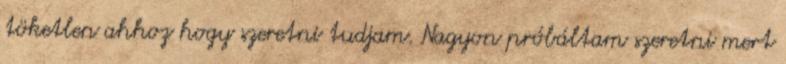
töketlen ahhoz hogy szeretni tudjam. Nagyon próbáltam szeretni mert